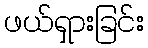
ဖယ်ရှားခြင်း